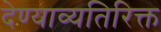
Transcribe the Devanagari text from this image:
देण्याव्यतिरिक्त